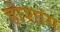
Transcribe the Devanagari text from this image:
होशांग